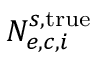
N _ { e , c , i } ^ { s , \mathrm { t r u e } }